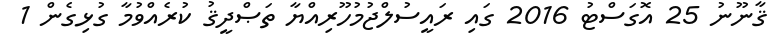
ޤާނޫނު 25 އޮގަސްޓު 2016 ގައި ރައީސުލްޖުމުހޫރިއްޔާ ތަޞްދީޤު ކުރެއްވުމާ ގުޅިގެން 1